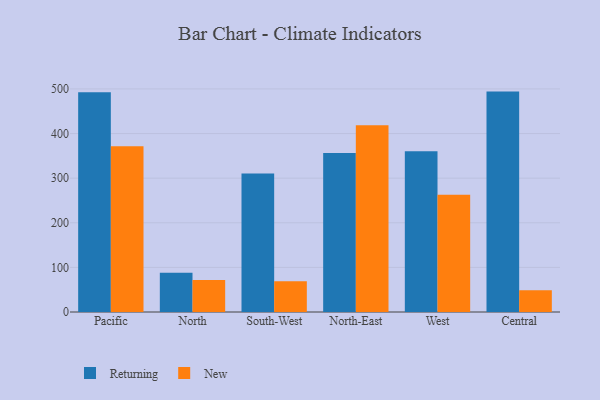
{"axis": {"x": "Region", "y": "Bounce Rate (%)"}, "legend": ["New", "Returning"], "data": [{"x": "Pacific", "y": 492.8, "type": "Returning"}, {"x": "Pacific", "y": 371.4, "type": "New"}, {"x": "North", "y": 88.1, "type": "Returning"}, {"x": "North", "y": 71.9, "type": "New"}, {"x": "South-West", "y": 310.5, "type": "Returning"}, {"x": "South-West", "y": 68.9, "type": "New"}, {"x": "North-East", "y": 356.3, "type": "Returning"}, {"x": "North-East", "y": 418.4, "type": "New"}, {"x": "West", "y": 360.4, "type": "Returning"}, {"x": "West", "y": 262.8, "type": "New"}, {"x": "Central", "y": 494.0, "type": "Returning"}, {"x": "Central", "y": 48.7, "type": "New"}]}